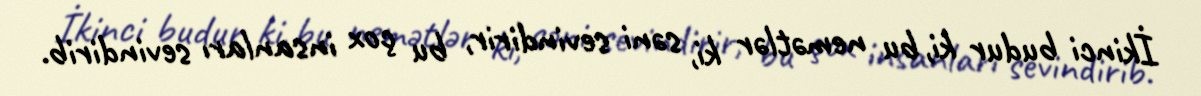
İkinci budur ki, bu nemətlər ki, səni sevindirir, bu çox insanları sevindirib.